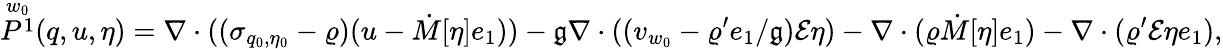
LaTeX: \overset{w_{0}}{P^{1}}(q,u,\eta)=\nabla\cdot((\sigma_{q_{0},\eta_{0}}-\varrho)(u-\dot{M}[\eta]e_{1}))-\mathfrak{g}\nabla\cdot((v_{w_{0}}-\varrho^{\prime}e_{1}/\mathfrak{g})\mathcal{E}\eta)-\nabla\cdot(\varrho\dot{M}[\eta]e_{1})-\nabla\cdot(\varrho^{\prime}\mathcal{E}\eta e_{1}),